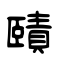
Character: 賾